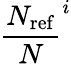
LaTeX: \frac{N_{\mathrm{ref}}}{N}^{i}